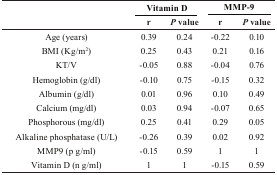
<table><thead><tr><td rowspan="3"><b> </b></td><td colspan="2"><b>Vitamin D</b></td><td colspan="2"><b>MMP-9</b></td></tr><tr><td><b>r</b></td><td><b><i>P</i> value</b></td><td><b>r</b></td><td><b><i>P</i> value</b></td></tr></thead><tbody><tr><td>Age (years)</td><td>0.39</td><td>0.24</td><td>-0.22</td><td>0.10</td></tr><tr><td>BMI (Kg/m<sup>2</sup>)</td><td>0.25</td><td>0.43</td><td>0.21</td><td>0.16</td></tr><tr><td>KT/V</td><td>-0.05</td><td>0.88</td><td>-0.04</td><td>0.76</td></tr><tr><td>Hemoglobin (g/dl)</td><td>-0.10</td><td>0.75</td><td>-0.15</td><td>0.32</td></tr><tr><td>Albumin (g/dl)</td><td>0.01</td><td>0.96</td><td>0.10</td><td>0.49</td></tr><tr><td>Calcium (mg/dl)</td><td>0.03</td><td>0.94</td><td>-0.07</td><td>0.65</td></tr><tr><td>Phosphorous (mg/dl)</td><td>0.25</td><td>0.41</td><td>0.29</td><td>0.05</td></tr><tr><td>Alkaline phosphatase (U/L)</td><td>-0.26</td><td>0.39</td><td>0.02</td><td>0.92</td></tr><tr><td>MMP9 (pg/ml)</td><td>-0.15</td><td>0.59</td><td>1</td><td>1</td></tr><tr><td>Vitamin D (ng/ml)</td><td>1</td><td>1</td><td>-0.15</td><td>0.59</td></tr></tbody></table>